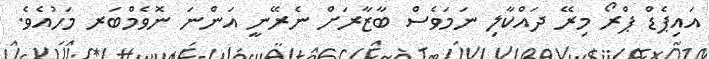
އައިޕެޑް ޕްރޯ މިރޭ ދައްކާލި ނަމަވެސް ބާޒާރަށް ނެރޭނީ އަންނަ ނޮވެމްބަރ މަހުއެވެ.